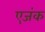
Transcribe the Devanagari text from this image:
एजंक